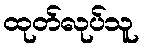
ထုတ်လုပ်သူ